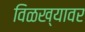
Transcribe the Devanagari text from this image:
विळख्यावर